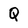
Character: Q